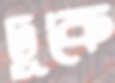
ঢূকে